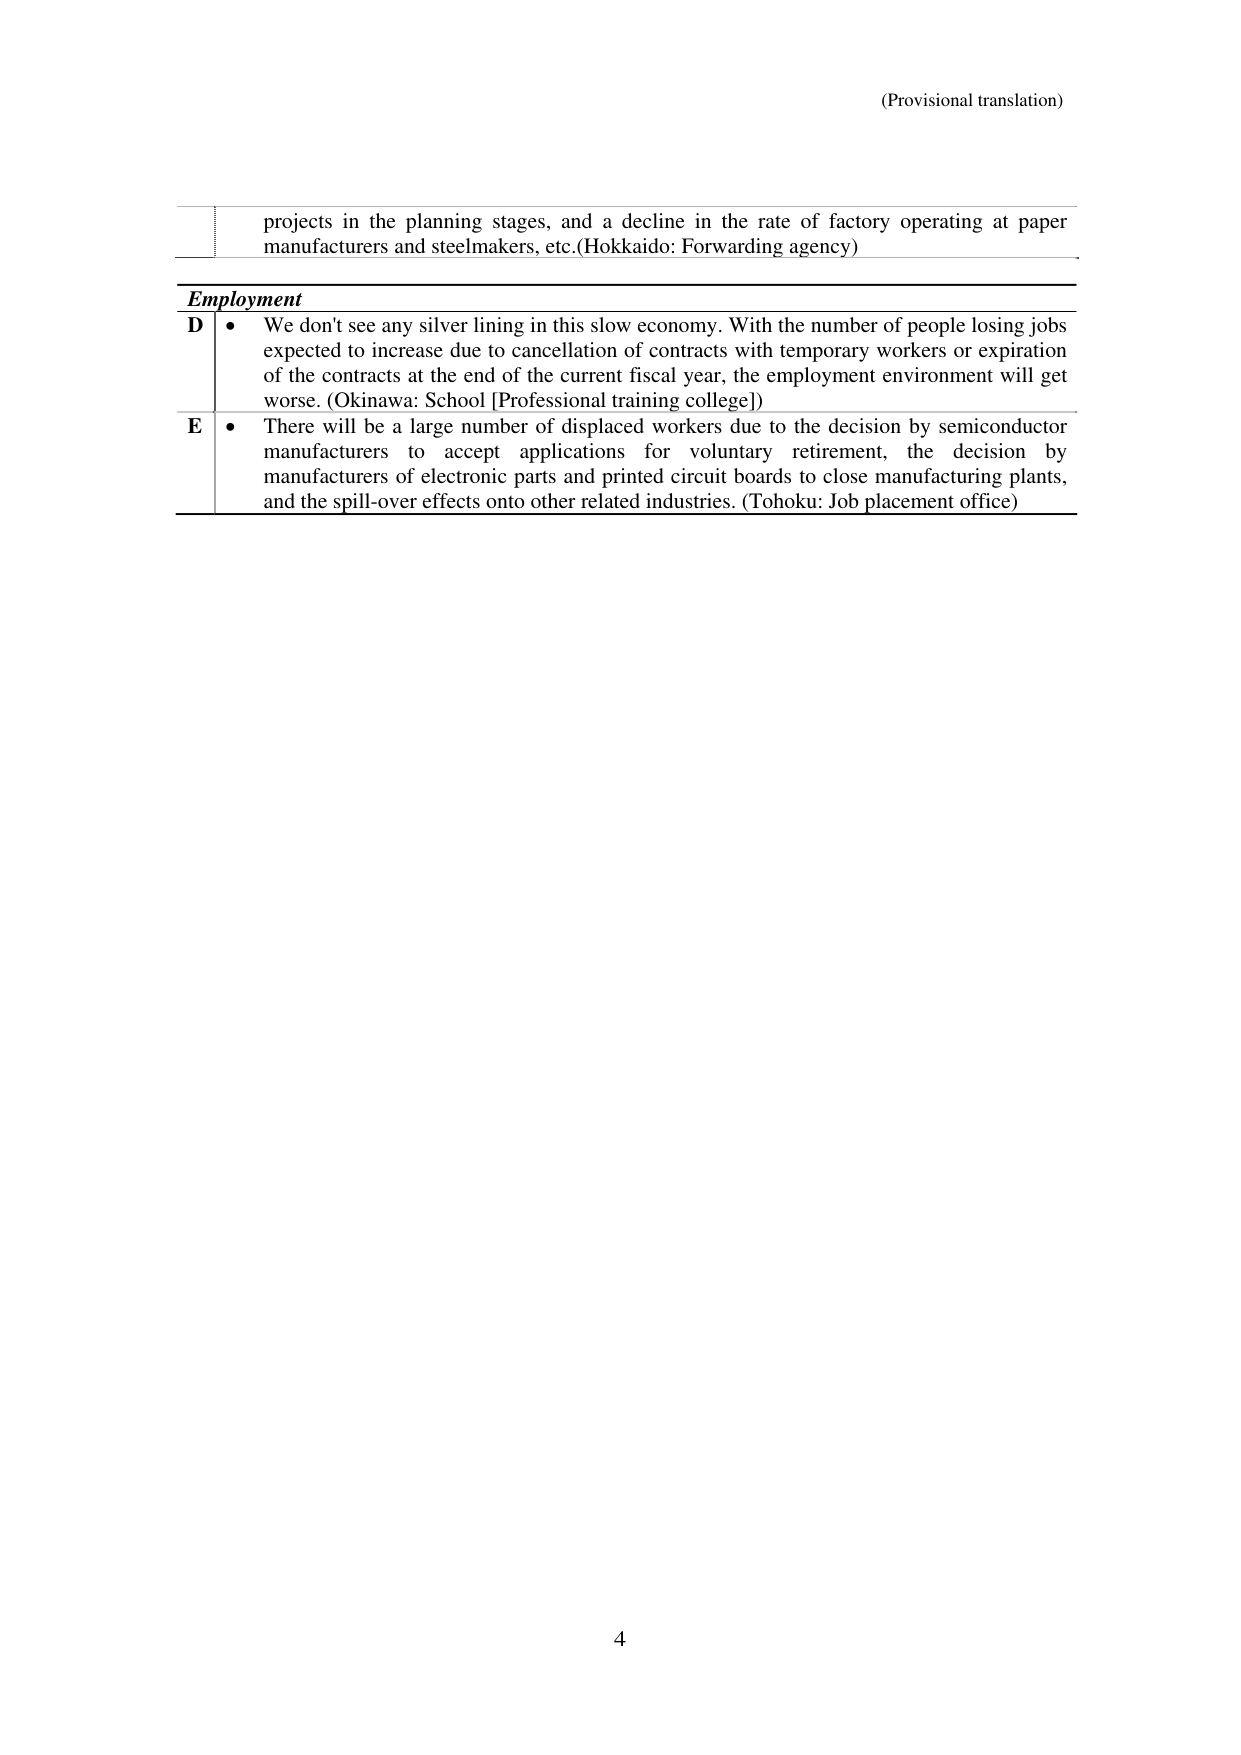
(Provisional translation)

projects in the planning stages, and a decline in the rate of factory operating at paper manufacturers and steelmakers, etc. (Hokkaido: Forwarding agency)

Employment

D • We don't see any silver lining in this slow economy. With the number of people losing jobs expected to increase due to cancellation of contracts with temporary workers or expiration of the contracts at the end of the current fiscal year, the employment environment will get worse. (Okinawa: School [Professional training college])

E • There will be a large number of displaced workers due to the decision by semiconductor manufacturers to accept applications for voluntary retirement, the decision by manufacturers of electronic parts and printed circuit boards to close manufacturing plants, and the spill-over effects onto other related industries. (Tohoku: Job placement office)

4